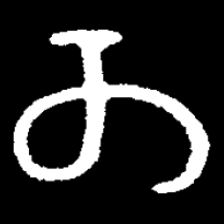
Pyu character \u2014 Myanmar letter: တ (romanized: ta)